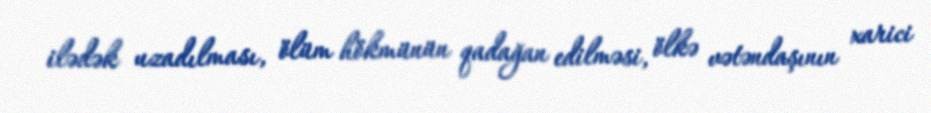
ilədək uzadılması, ölüm hökmünün qadağan edilməsi, ölkə vətəndaşının xarici